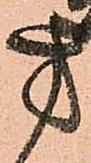
方